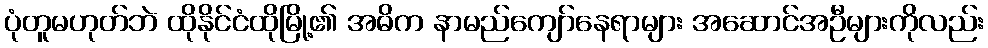
ပုံတူမဟုတ်ဘဲ ထိုနိုင်ငံထိုမြို့၏ အဓိက နာမည်ကျော်နေရာများ အဆောင်အဦများကိုလည်း